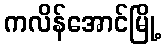
ကလိန်အောင်မြို့